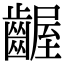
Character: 齷